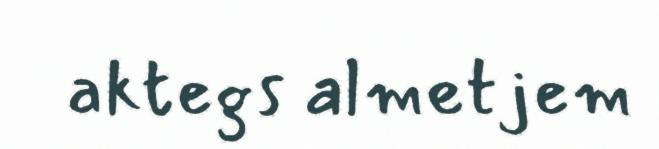
aktegs almetjem